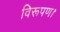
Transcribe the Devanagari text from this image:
विरूपण।